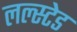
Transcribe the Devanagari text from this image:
लल्स्टेड